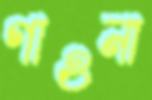
গাওনা